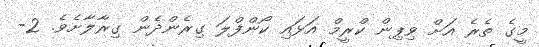
މީގެ ތެރެ އަށް ވިޕިން ކްރީމް އަޅައި ކޯންފްލަ ގިރެންދެން ގިރާލާށެވެ. 2-